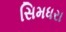
સિમધરા